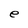
Character: e